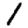
Digit: 1